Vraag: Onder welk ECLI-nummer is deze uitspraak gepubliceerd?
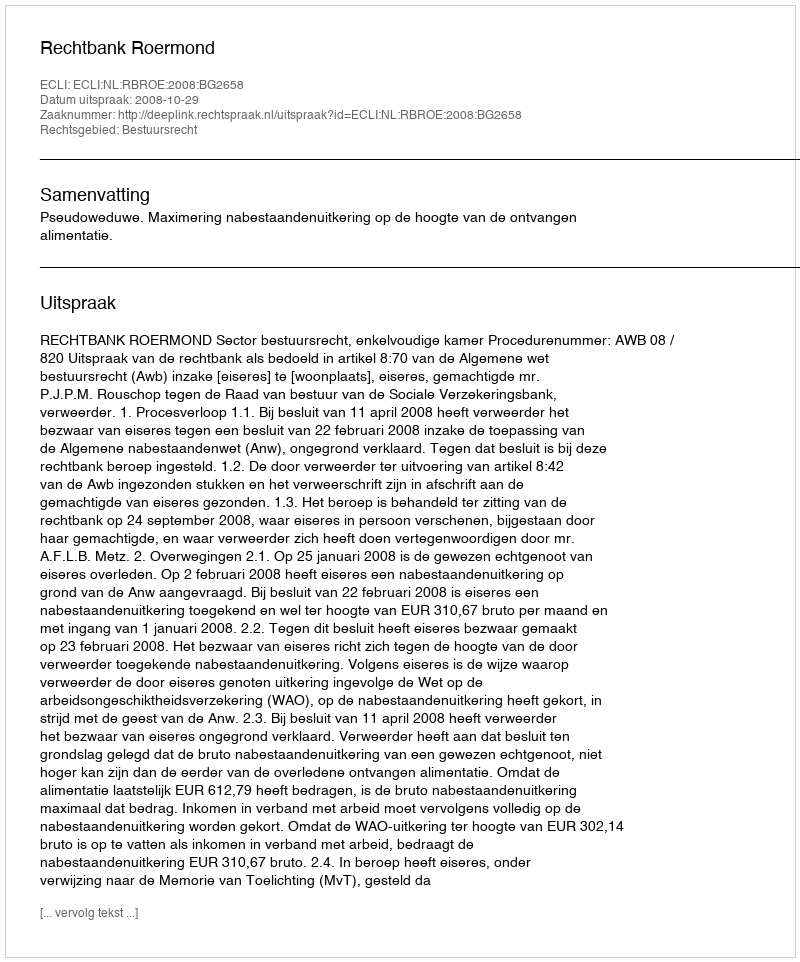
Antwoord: ECLI:NL:RBROE:2008:BG2658